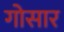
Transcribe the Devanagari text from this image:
गोसार